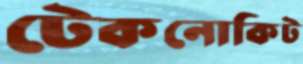
টেকনোকিট